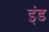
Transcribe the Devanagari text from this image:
इंड